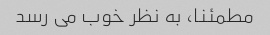
مطمئنا، به نظر خوب می رسد